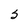
Character: S